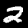
Digit: 2